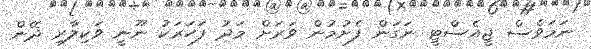
ނަމަވެސް ޖީއެސްޓީ ނަގަން ފެށުމުން ވަރަށް މަދު ފަހަރަކު ނޫނީ ވަކިލާރި ދޭން